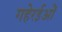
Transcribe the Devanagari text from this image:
गहेरईओं